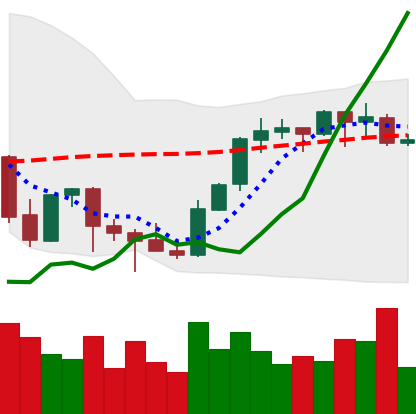
Ticker: BNB-USD
Chart end date: 2021-10-09
Forward return: 11.973%
Label: up_7plus